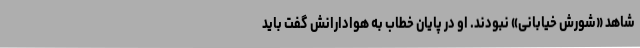
شاهد «شورش خیابانی» نبودند. او در پایان خطاب به هوادارانش گفت باید